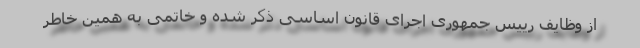
از وظایف رییس جمهوری اجرای قانون اساسی ذکر شده و خاتمی به همین خاطر